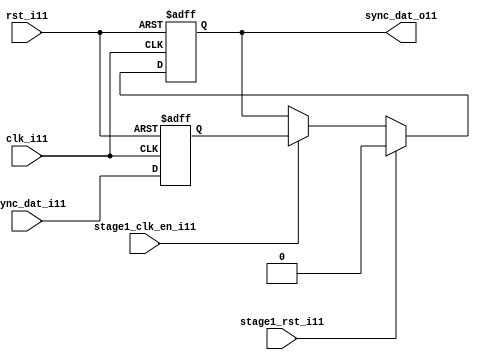
module uart_sync_flops11
(
  // internal signals11
  rst_i11,
  clk_i11,
  stage1_rst_i11,
  stage1_clk_en_i11,
  async_dat_i11,
  sync_dat_o11
);

parameter Tp11            = 1;
parameter width         = 1;
parameter init_value11    = 1'b0;

input                           rst_i11;                  // reset input
input                           clk_i11;                  // clock11 input
input                           stage1_rst_i11;           // synchronous11 reset for stage11 1 FF11
input                           stage1_clk_en_i11;        // synchronous11 clock11 enable for stage11 1 FF11
input   [width-1:0]             async_dat_i11;            // asynchronous11 data input
output  [width-1:0]             sync_dat_o11;             // synchronous11 data output


//
// Interal11 signal11 declarations11
//

reg     [width-1:0]             sync_dat_o11;
reg     [width-1:0]             flop_011;


// first stage11
always @ (posedge clk_i11 or posedge rst_i11)
begin
    if (rst_i11)
        flop_011 <= #Tp11 {width{init_value11}};
    else
        flop_011 <= #Tp11 async_dat_i11;    
end

// second stage11
always @ (posedge clk_i11 or posedge rst_i11)
begin
    if (rst_i11)
        sync_dat_o11 <= #Tp11 {width{init_value11}};
    else if (stage1_rst_i11)
        sync_dat_o11 <= #Tp11 {width{init_value11}};
    else if (stage1_clk_en_i11)
        sync_dat_o11 <= #Tp11 flop_011;       
end

endmodule